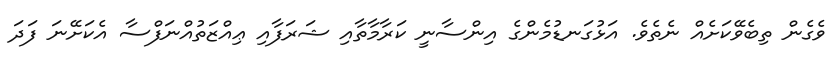
ވެގެން ތިބެވޭކަށެއް ނެތެވެ. އަޅުގަނޑުމެންގެ އިންސާނީ ކަރާމާތާއި ޝަރަފާއި ޢިއްޒަތުއްނަފްސާ އެކަށޭނަ ފަދަ